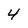
Character: 4